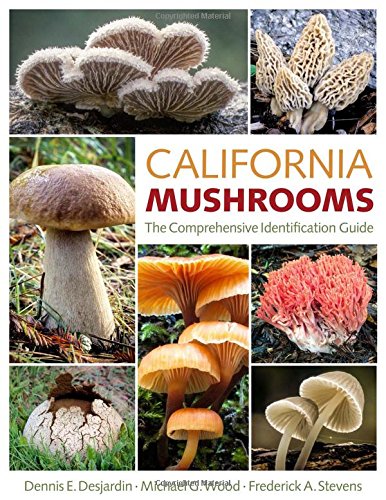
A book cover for California Mushrooms; Dennis E. Desjardin; Science & Math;